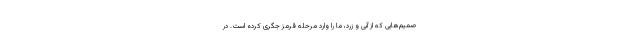
صمیم‌هایی که از آبی و زرد، ما را وارد مرحله قرمز جگری کرده است. در